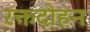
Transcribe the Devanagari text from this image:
रक्तदोहन